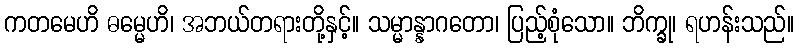
ကတမေဟိ ဓမ္မေဟိ၊ အဘယ်တရားတို့နှင့်။ သမ္မာန္နာဂတော၊ ပြည့်စုံသော။ ဘိက္ခု၊ ရဟန်းသည်။